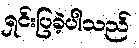
ရှင်းပြခဲ့ပါသည်